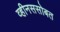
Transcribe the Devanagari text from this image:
व्हीनससोबत